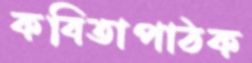
কবিতাপাঠক